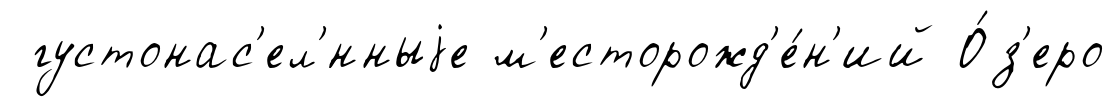
густонас'ел'́нныjе м'есторожд'е́н'ий О́з'еро